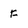
Character: F